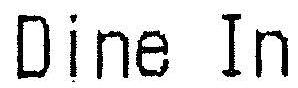
DINE IN